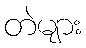
တဲများ